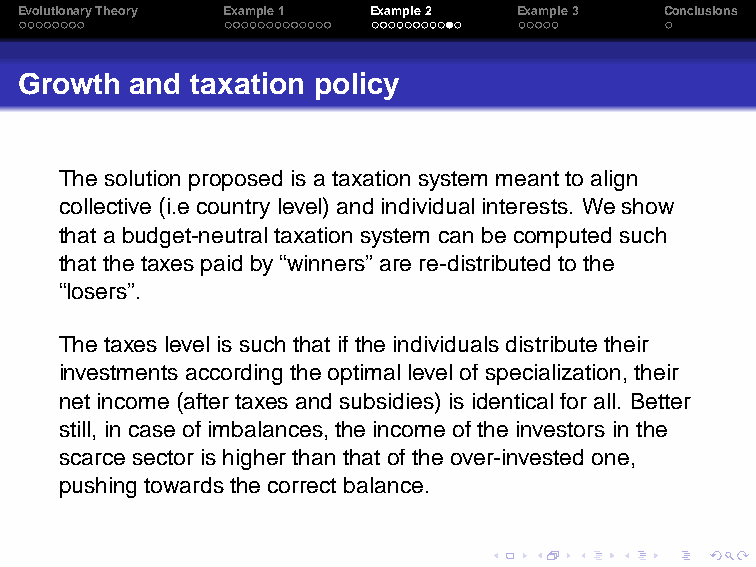
EvolutionaryTheory Example1 Example2 Example3 Conclusions
 Growth  and taxation policy
 Thesolution proposedis a taxationsystem meantto align
 collective (i.e countrylevel)andindividualinterests. We show
 thata budget-neutraltaxationsystem can be computedsuch
 thatthe taxes paidby“winners”are re-distributed to the
 “losers”.
 Thetaxes levelis such thatif the individualsdistribute their
 investmentsaccording theoptimallevelofspecialization,their
 netincome(after taxesandsubsidies) is identicalfor all. Better
 still, in case ofimbalances,the incomeofthe investors in the
 scarce sector is higherthanthatofthe over-investedone,
 pushingtowardsthecorrect balance.